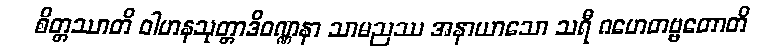
စိတ္တဿာတိ ဝါဟနသုတ္တာဒိဝဏ္ဏနာ သာမညဿ အနာယာသော သရီ ဂဟေတဗ္ဗတောတိ